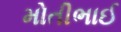
મોતીભાઈ